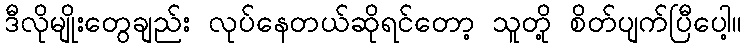
ဒီလိုမျိုးတွေချည်း လုပ်နေတယ်ဆိုရင်တော့ သူတို့ စိတ်ပျက်ပြီပေါ့။